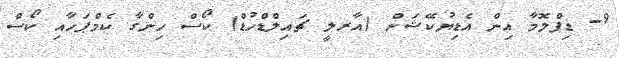
9- ޑިޕްލޮމާ އިން އެޑިޔުކޭޝަން (އާރލީ ޗައިލްޑްހުޑް) ކޯސް ހިންގާ ކެމްޕަހާއި ކޯސް